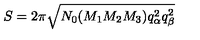
S = 2 \pi \sqrt { N _ { 0 } ( M _ { 1 } M _ { 2 } M _ { 3 } ) q _ { \alpha } ^ { 2 } q _ { \beta } ^ { 2 } }